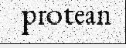
protean